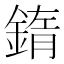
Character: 䤻